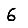
Digit: 6